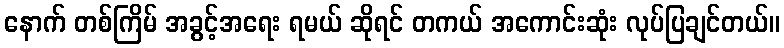
နောက် တစ်ကြိမ် အခွင့်အရေး ရမယ် ဆိုရင် တကယ် အကောင်းဆုံး လုပ်ပြချင်တယ်။